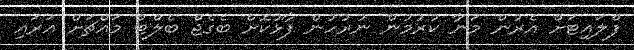
ފްލައިޓަށް އެރުން މަނާ ކުރުމުން ނުރުހުން ފާޅުކޮށް ބެގެޖް ބެލްޓް މައްޗަށް އަރައި